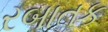
રબાતક